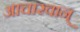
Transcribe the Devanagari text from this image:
आचारवान्